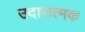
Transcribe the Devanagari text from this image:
उदारात्मक